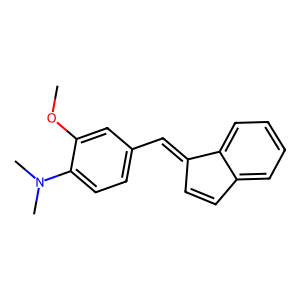
SMILES: COc1cc(C=C2C=Cc3ccccc32)ccc1N(C)C
Inhibits HIV replication: No